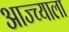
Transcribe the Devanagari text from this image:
आज्च्याला